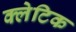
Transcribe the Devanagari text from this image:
क्लेटिक